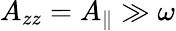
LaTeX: A_{zz}=A_{\parallel}\gg\omega